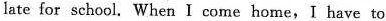
late for school. When I come home,I have to